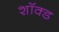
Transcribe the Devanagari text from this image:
शॉक्ड